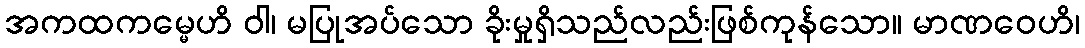
အကထကမ္မေဟိ ဝါ၊ မပြုအပ်သော ခိုးမှုရှိသည်လည်းဖြစ်ကုန်သော။ မာဏဝေဟိ၊